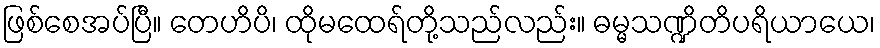
ဖြစ်စေအပ်ပြီ။ တေဟိပိ၊ ထိုမထေရ်တို့သည်လည်း။ ဓမ္မသဏ္ဍိတိပရိယာယေ၊